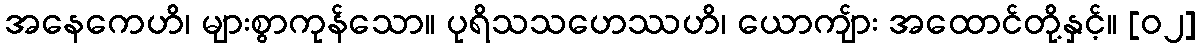
အနေကေဟိ၊ များစွာကုန်သော။ ပုရိသသဟေဿဟိ၊ ယောကျ်ား အထောင်တို့နှင့်။ [၀၂]